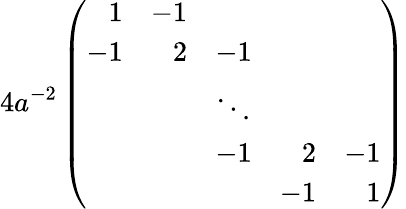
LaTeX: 4a^{-2}\left(\begin{array}{rrrrr}{{1}}&{{-1}}&{{}}&{{}}&{{}}\\ {{-1}}&{{2}}&{{-1}}&{{}}&{{}}\\ {{}}&{{}}&{{\ddots}}&{{}}&{{}}\\ {{}}&{{}}&{{-1}}&{{2}}&{{-1}}\\ {{}}&{{}}&{{}}&{{-1}}&{{1}}\end{array}\right)